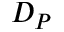
D _ { P }